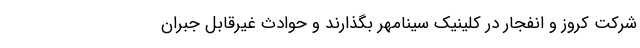
شرکت کروز و انفجار در کلینیک سینامهر بگذارند و حوادث غیرقابل جبران